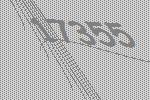
17355